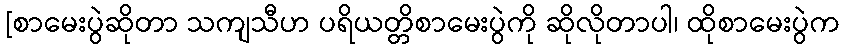
[စာမေးပွဲဆိုတာ သကျသီဟ ပရိယတ္တိစာမေးပွဲကို ဆိုလိုတာပါ၊ ထိုစာမေးပွဲက